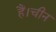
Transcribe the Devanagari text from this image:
हैं।चीन